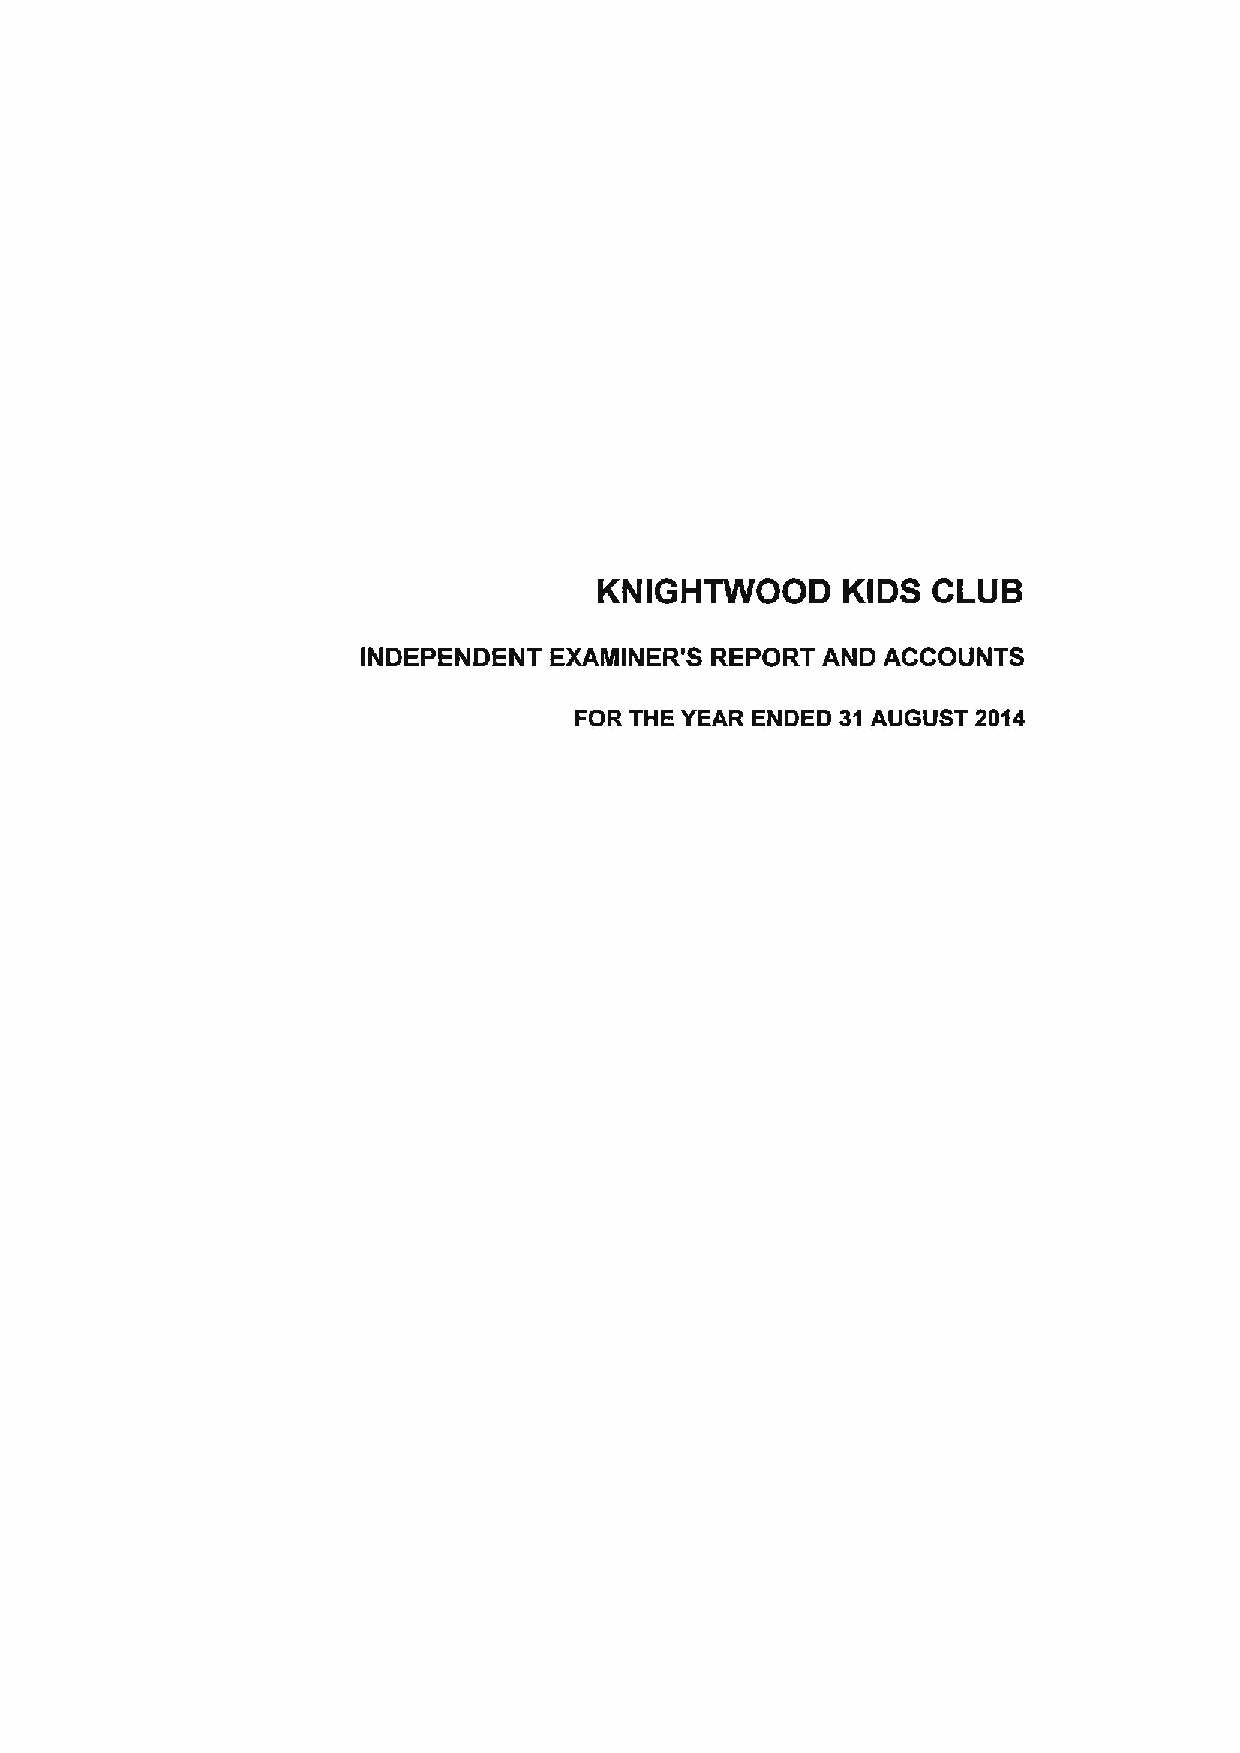
KNIGHTWOOD      KIDS  CLUB
 INDEPENDENT EXAMINER'S REPORT AND ACCOUNTS
 FOR THE YEAR ENDED 31 AUGUST 2014